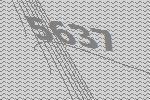
5637